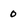
Character: 0